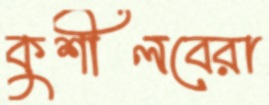
কুশীলবেরা